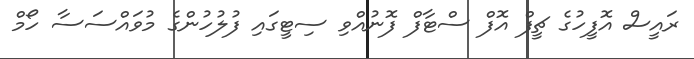
ރައީސް އޮފީހުގެ ޗީފް އޮފް ސްޓާފް ފޮނުއްވި ސިޓީގައި ފުލުހުންގެ މުވައްސަސާ ހޯމް